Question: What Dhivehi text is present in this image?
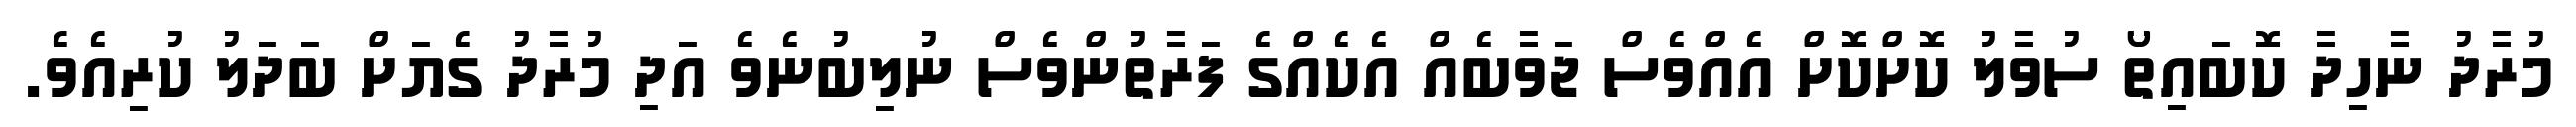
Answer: މުރާދު ނާހިދާ ކޮބައިތޯ ސުވާލު ކޮށްކޮށް އެއްވެސް ޖަވާބެއް އެކެއްގެ ފަރާތުންވެސް ނުލިބުނެވެ އަދި މުރާދު ގެޔަށް ބަދަލު ކުރިއެވެ.